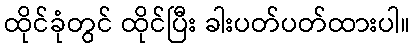
ထိုင်ခုံတွင် ထိုင်ပြီး ခါးပတ်ပတ်ထားပါ။